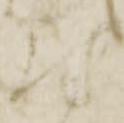
尉